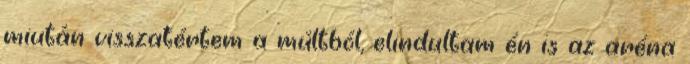
miután visszatértem a múltból, elindultam én is az aréna